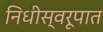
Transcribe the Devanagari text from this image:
निधीस्वरूपात